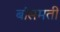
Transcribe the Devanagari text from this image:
बांसमती